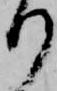
り